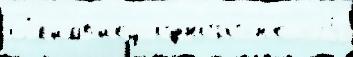
Ол'имп'и́ец одного́ н'е -35